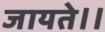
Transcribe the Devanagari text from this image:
जायते।।